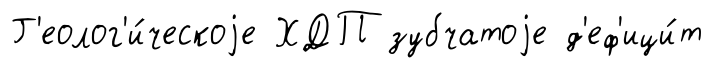
Г'еолог'и́ческоjе ХДП зубчатоjе д'еф'ици́т